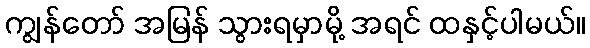
ကျွန်တော် အမြန် သွားရမှာမို့ အရင် ထနှင့်ပါမယ်။